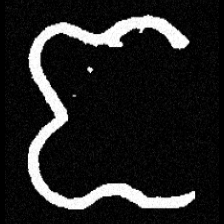
Pyu character \u2014 Myanmar letter: ဇ (romanized: ja)